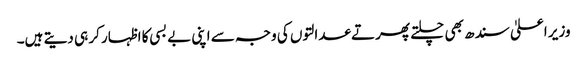
وزیر اعلیٰ سندھ بھی چلتے پھرتے عدالتوں کی وجہ سے اپنی بے بسی کا اظہار کر ہی دیتے ہیں۔